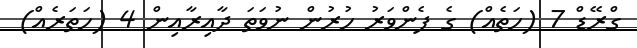
ގްރޭޑް 7 (ހަތެއް) ގެ ފެންވަރު ހުރުން ނުވަތަ ދާއިރާއިން 4 (ހަތަރެއް)